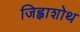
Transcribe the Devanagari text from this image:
जिह्वाशोथ